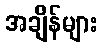
အချိန်များ